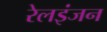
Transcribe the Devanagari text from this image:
रेलइंजन